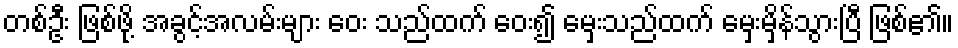
တစ်ဦး ဖြစ်ဖို့ အခွင့်အလမ်းများ ဝေး သည်ထက် ဝေး၍ မှေးသည်ထက် မှေးမှိန်သွားပြီ ဖြစ်၏။